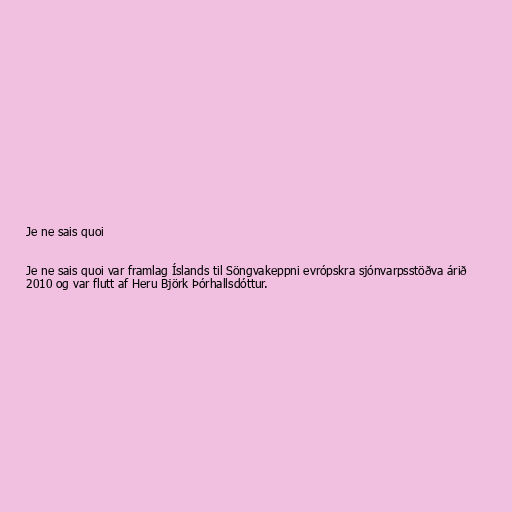
Je ne sais quoi

Je ne sais quoi var framlag Íslands til Söngvakeppni evrópskra sjónvarpsstöðva árið
2010 og var flutt af Heru Björk Þórhallsdóttur.